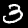
Label: 3